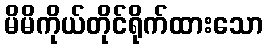
မိမိကိုယ်တိုင်ရိုက်ထားသော